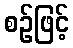
စဉ်ဖြင့်